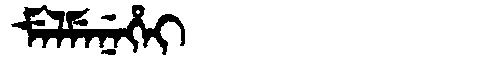
Manchu: ᠮᡝᠯᠮᡝᠨᡝᡥᡝᡳ
Romanization: MELMENEHEI